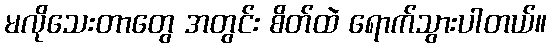
မလိုသေးတာတွေ အတွင်း စိတ်ထဲ ရောက်သွားပါတယ်။